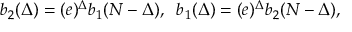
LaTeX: b _ { 2 } ( \Delta ) = ( e ) ^ { \Delta } b _ { 1 } ( N - \Delta ) , \; \; b _ { 1 } ( \Delta ) = ( e ) ^ { \Delta } b _ { 2 } ( N - \Delta ) , \,